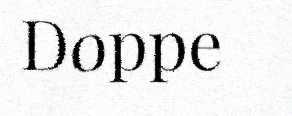
Doppe